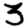
Digit: 3